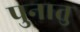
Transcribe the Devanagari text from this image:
पुनातु